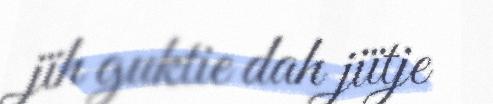
jïh guktie dah jiïtje